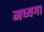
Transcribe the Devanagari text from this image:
मध्यगा